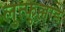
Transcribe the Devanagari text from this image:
लुत्फुल्लाह